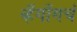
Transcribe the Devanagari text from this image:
व्हँगाँगचं